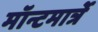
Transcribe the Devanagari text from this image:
मॉन्टमार्त्रे